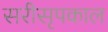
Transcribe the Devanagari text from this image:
सरीसृपकाल